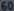
Transcribetheimageinthisbox